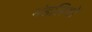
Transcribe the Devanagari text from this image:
मंडलियो